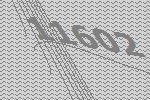
11602